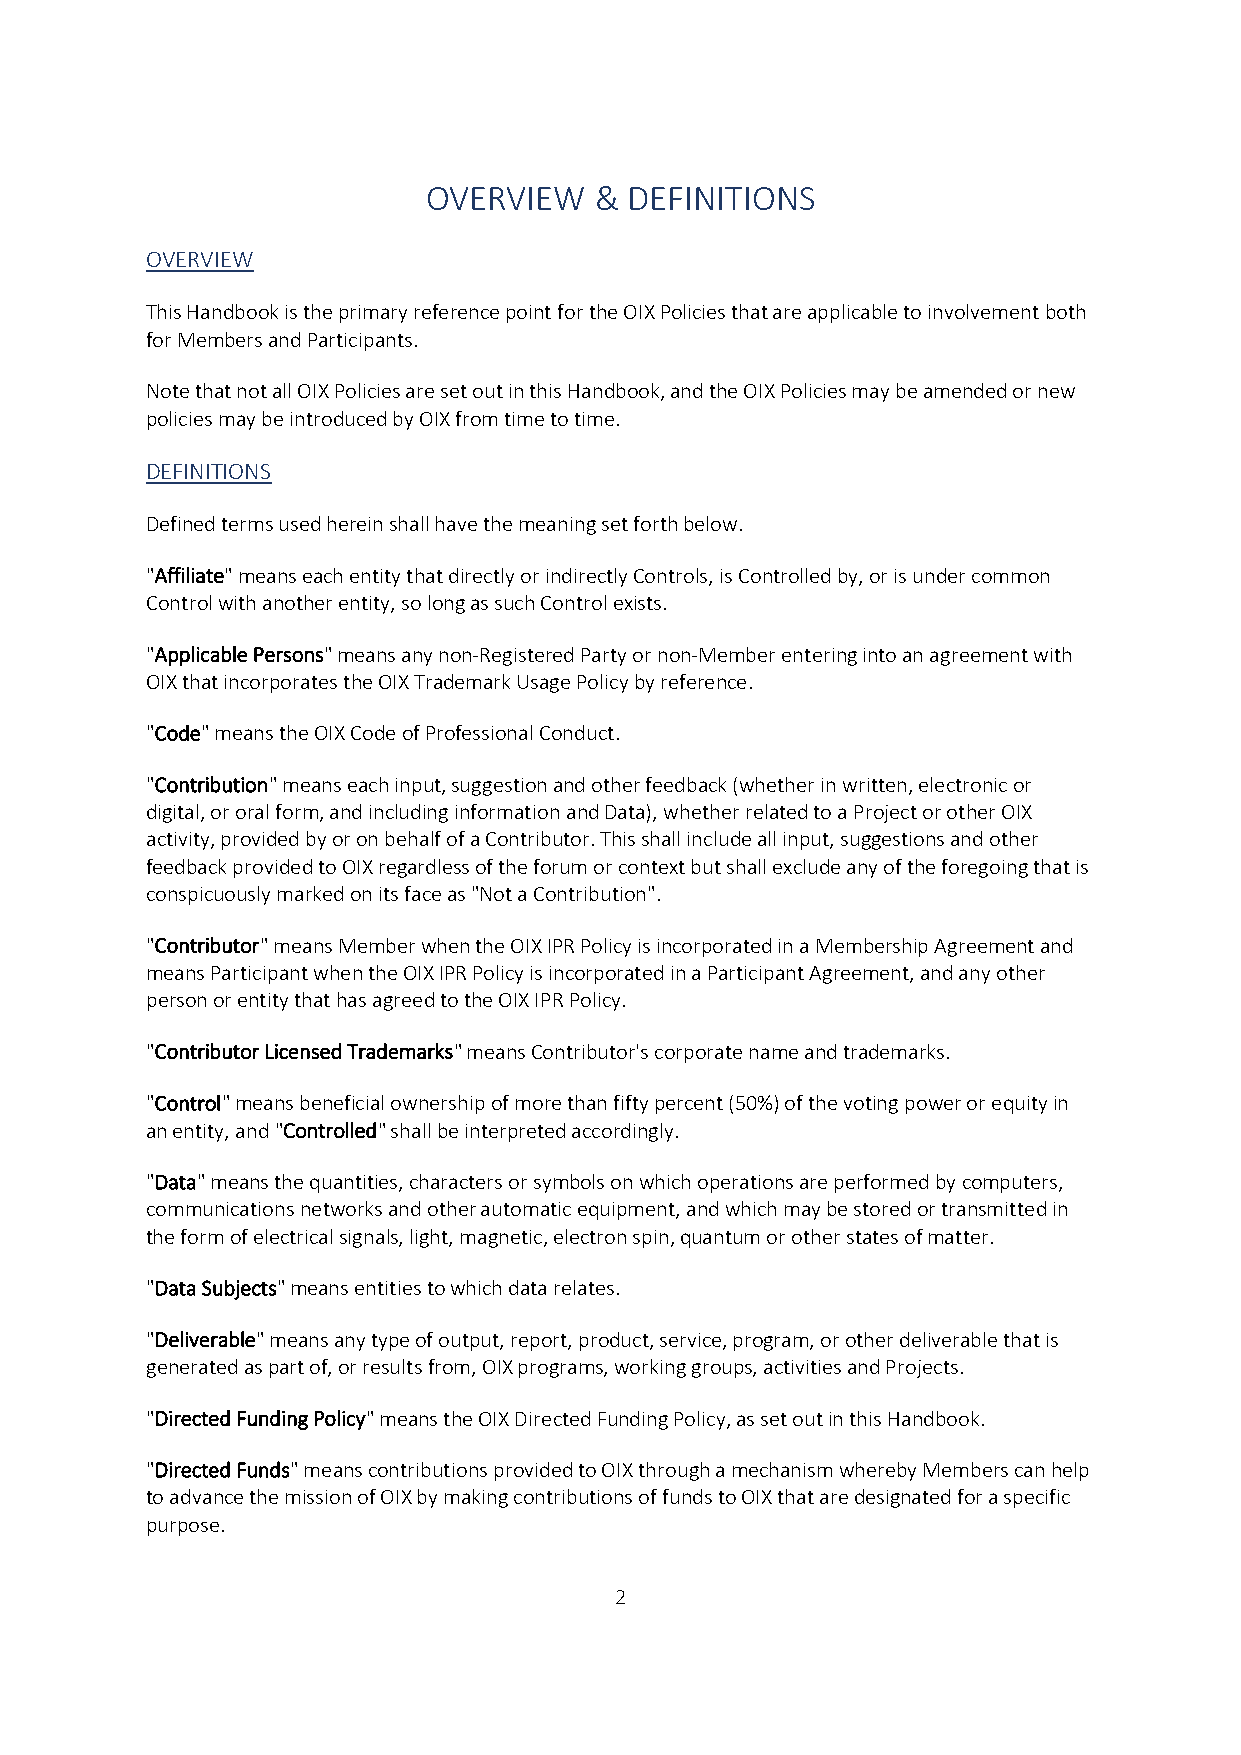
OVERVIEW   &  DEFINITIONS
 OVERVIEW
 This Handbook is the primary reference point for the OIX Policies that are applicable to involvement both
 for Members and Participants.
 Note that not all OIX Policies are set out in this Handbook, and the OIX Policies may be amended or new
 policies may be introduced by OIX from time to time.
 DEFINITIONS
 Defined terms used herein shall have the meaning set forth below.
 "Affiliate" means each entity that directly or indirectly Controls, is Controlled by, or is under common
 Control with another entity, so long as such Control exists.
 "Applicable Persons" means any non-Registered Party or non-Member entering into an agreement with
 OIX that incorporates the OIX Trademark Usage Policy by reference.
 "Code" means the OIX Code of Professional Conduct.
 "Contribution" means each input, suggestion and other feedback (whether in written, electronic or
 digital, or oral form, and including information and Data), whether related to a Project or other OIX
 activity, provided by or on behalf of a Contributor. This shall include all input, suggestions and other
 feedback provided to OIX regardless of the forum or context but shall exclude any of the foregoing that is
 conspicuously marked on its face as "Not a Contribution".
 "Contributor" means Member when the OIX IPR Policy is incorporated in a Membership Agreement and
 means Participant when the OIX IPR Policy is incorporated in a Participant Agreement, and any other
 person or entity that has agreed to the OIX IPR Policy.
 "Contributor Licensed Trademarks" means Contributor's corporate name and trademarks.
 "Control" means beneficial ownership of more than fifty percent (50%) of the voting power or equity in
 an entity, and "Controlled" shall be interpreted accordingly.
 "Data" means the quantities, characters or symbols on which operations are performed by computers,
 communications networks and other automatic equipment, and which may be stored or transmitted in
 the form of electrical signals, light, magnetic, electron spin, quantum or other states of matter.
 "Data Subjects" means entities to which data relates.
 "Deliverable" means any type of output, report, product, service, program, or other deliverable that is
 generated as part of, or results from, OIX programs, working groups, activities and Projects.
 "Directed Funding Policy" means the OIX Directed Funding Policy, as set out in this Handbook.
 "Directed Funds" means contributions provided to OIX through a mechanism whereby Members can help
 to advance the mission of OIX by making contributions of funds to OIX that are designated for a specific
 purpose.
 2